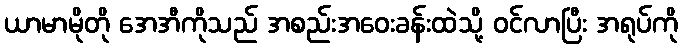
ယာမာမိုတို အေအီကိုသည် အစည်းအဝေးခန်းထဲသို့ ဝင်လာပြီး အရုပ်ကို